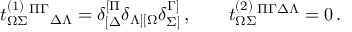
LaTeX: t _ { \Omega \Sigma } ^ { ( 1 ) } { } ^ { \Pi \Gamma } { } _ { \Delta \Lambda } = \delta _ { [ \Delta } ^ { [ \Pi } \delta _ { \Lambda ] [ \Omega } \delta _ { \Sigma ] } ^ { \Gamma ] } \, , \qquad t _ { \Omega \Sigma } ^ { ( 2 ) } { } ^ { \Pi \Gamma \Delta \Lambda } = 0 \, .